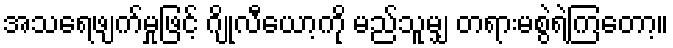
အသရေဖျက်မှုဖြင့် ဂျိုလီယော့ကို မည်သူမျှ တရားမစွဲရဲကြတော့။